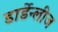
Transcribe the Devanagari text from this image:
डार्डेन्लीज